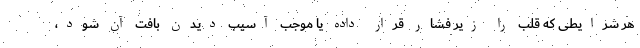
هر شرایطی که قلب را زیر فشار قرار داده یا موجب آسیب دیدن بافت آن شود،